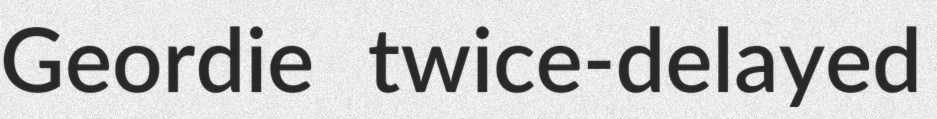
Geordie twice-delayed